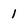
Character: 1